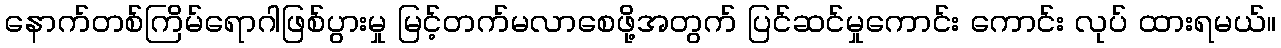
နောက်တစ်ကြိမ်ရောဂါဖြစ်ပွားမှု မြင့်တက်မလာစေဖို့အတွက် ပြင်ဆင်မှုကောင်း ကောင်း လုပ် ထားရမယ်။